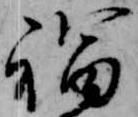
福